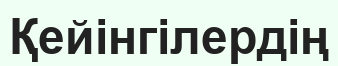
Қейінгілердің